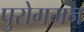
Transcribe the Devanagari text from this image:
पुरोगमन